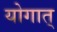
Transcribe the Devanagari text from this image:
योगात्